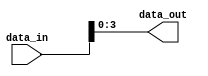
module part_select_example (
    input wire [7:0] data_in,     // 8-bit input vector
    output wire [3:0] data_out    // 4-bit output vector
);

// Continuous assignment using part select
assign data_out = data_in[3:0]; // Selecting the lower 4 bits (0 to 3) from data_in

endmodule